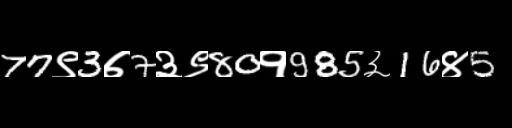
Text: 77९3७7३९80१985३16४5